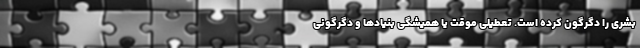
بشری را دگرگون کرده است. تعطیلی موقت یا همیشگی بنیادها و دگرگونی